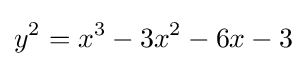
y^{2}=x^{3}-3x^{2}-6x-3